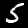
Digit: 5